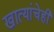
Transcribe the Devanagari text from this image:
खात्यांचेही